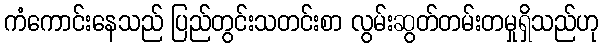
ကံကောင်းနေသည် ပြည်တွင်းသတင်းစာ လွမ်းဆွတ်တမ်းတမှုရှိသည်ဟု